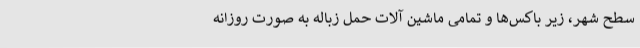
سطح شهر، زیر باکس‌ها و تمامی ماشین آلات حمل زباله به صورت روزانه